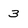
Character: 3